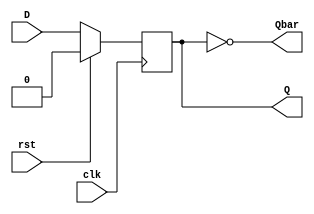
module D_FlipFlop
(
	input clk,
	input rst,
	input D,
	output reg Q,
	output Qbar
);

assign Qbar = ~Q;	
// Q   Qbar  Q 

//always @(posedge clk or posedge rst)
always @(posedge clk)
begin
	if(rst) Q <= 0;
	else Q <= D;
end

endmodule